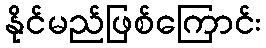
နိုင်မည်ဖြစ်ကြောင်း